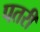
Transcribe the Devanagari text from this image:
पतरी